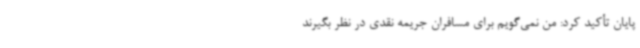
پایان تأکید کرد: من نمی‌گویم برای مسافران جریمه نقدی در نظر بگیرند